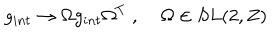
LaTeX: g _ { i n t } \rightarrow \Omega g _ { i n t } \Omega ^ { T } \; , \; \Omega \in S L ( 2 , Z )